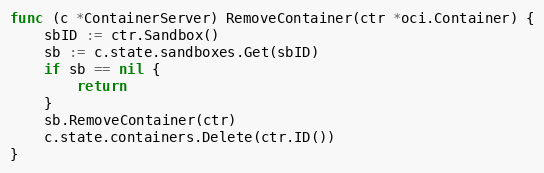
Language: Go
func (c *ContainerServer) RemoveContainer(ctr *oci.Container) {
	sbID := ctr.Sandbox()
	sb := c.state.sandboxes.Get(sbID)
	if sb == nil {
		return
	}
	sb.RemoveContainer(ctr)
	c.state.containers.Delete(ctr.ID())
}